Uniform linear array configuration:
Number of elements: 64
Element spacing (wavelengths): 1
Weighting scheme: kaiser
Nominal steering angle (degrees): -60
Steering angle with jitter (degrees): -60.781
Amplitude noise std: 0.05
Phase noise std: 0.05

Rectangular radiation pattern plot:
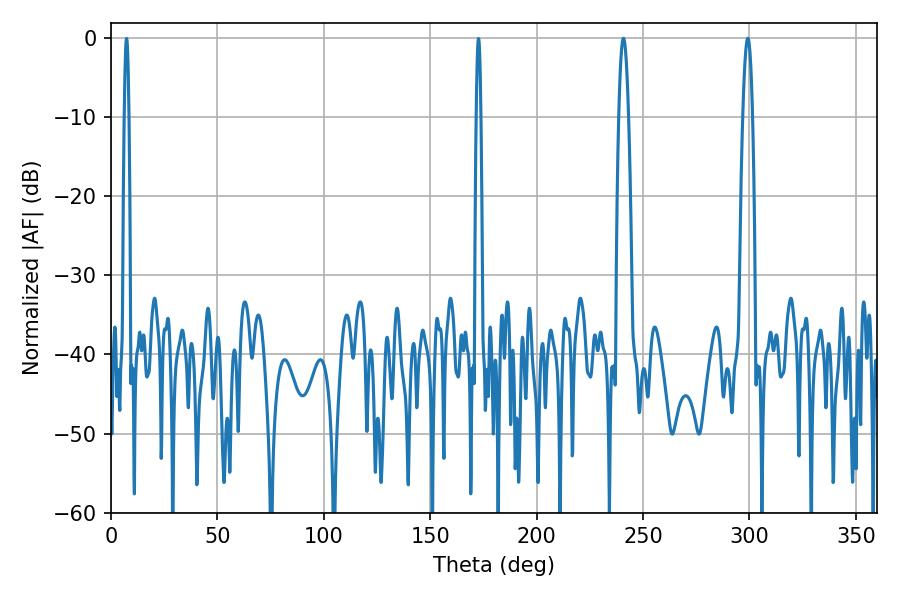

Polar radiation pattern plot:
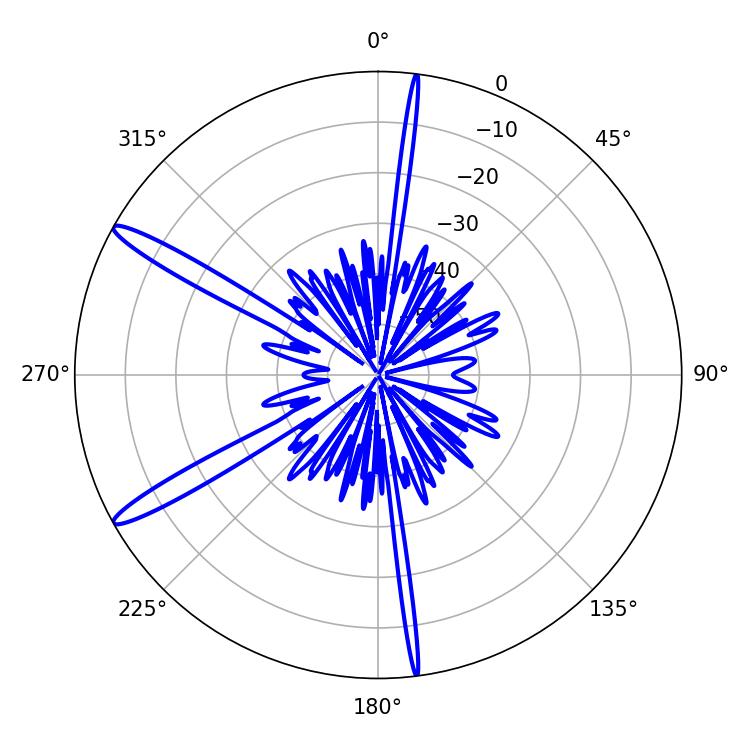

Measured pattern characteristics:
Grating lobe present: TRUE
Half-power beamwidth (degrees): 2.52
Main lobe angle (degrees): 299.16